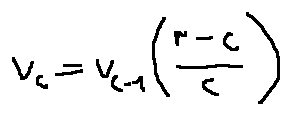
v _ { c } = v _ { c - 1 } ( \frac { r - c } { c } )